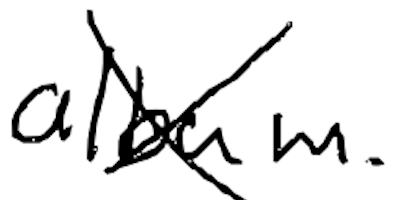
Text: album.
Cross-out: cross
Writing tool: digital_black